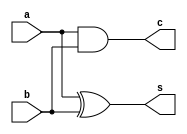
// -------------------------
// Exemplo0032 - SomadorSubtrator
// Nome: Daniel Telles McGinnis
// -------------------------
// Previso:
// A sada ser um valor de 4 bits
// igual  soma ou diferena dos
// dois operandos de 4 bits cada,
// dependendo do carryIn, alm de
// um bit indicando se o resultado
// da adio ou subtrao foi zero.
// Teste 1:
// Entradas: [a = 0000, b = 0000 e carryIn = 0], [a = 0010, b = 0001 e carryIn = 0],
// [a = 0101, b = 1010 e carryIn = 1] e [a = 1111, b = 1111 e carryIn = 1]
// Observaes da sada:
// Estes testes no so exaustivos pois no
// so testados todas as possveis combinaes
// de entrada, mas os testes que foram feitos
// deram certo.
// -------------------------
// SomadorSubtrator
// -------------------------
module halfAdder (output s, output c,
                  input a, input b);
	xor N0 (s, a, b);
	and N1 (c, a, b);
endmodule // halfAdder

module fullAdder (output s0, output s1,
                  input a, input b, input c);
	wire a_mais_b_s;
	wire a_mais_b_carry;
	wire segundoCarry;
	halfAdder N0 (a_mais_b_s, a_mais_b_carry, a, b);
	halfAdder N1 (s0, segundoCarry, a_mais_b_s, c);
	or N2 (s1, segundoCarry, a_mais_b_carry);
endmodule // fullAdder

module SomadorSubtrator(output [3:0] s,
                 input [3:0] a, input [3:0] b, input carryIn);
	wire carry1;
	wire carry2;
	wire carry3;
	wire b0_condicionalmenteNegado;
	wire b1_condicionalmenteNegado;
	wire b2_condicionalmenteNegado;
	wire b3_condicionalmenteNegado;
	wire jogaFora;

	xor X0 (b0_condicionalmenteNegado, b[0], carryIn);
	xor X1 (b1_condicionalmenteNegado, b[1], carryIn);
	xor X2 (b2_condicionalmenteNegado, b[2], carryIn);
	xor X3 (b3_condicionalmenteNegado, b[3], carryIn);

	fullAdder N0 (s[0], carry1, a[0], b0_condicionalmenteNegado, carryIn);
	fullAdder N1 (s[1], carry2, a[1], b1_condicionalmenteNegado, carry1);
	fullAdder N2 (s[2], carry3, a[2], b2_condicionalmenteNegado, carry2);
	fullAdder N3 (s[3], jogaFora, a[3], b3_condicionalmenteNegado, carry3);
endmodule // SomadorSubtrator

module determinarZero(output e_igual_a_zero,
                      input [3:0] a);
	nor N0 (e_igual_a_zero, a[0], a[1], a[2], a[3]);
endmodule // determinarZero

module test_SomadorSubtrator;
	// ------------------------- definir dados
	reg [3:0] x;
	reg [3:0] y;
	reg carryIn;
	wire [3:0] s;
	SomadorSubtrator modulo (s, x, y, carryIn);
	wire e_igual_a_zero;
	determinarZero modulo2 (e_igual_a_zero, s);
	// ------------------------- parte principal
	initial begin
		$display("Exemplo0032 - Daniel Telles McGinnis - 435042");
		$display("Test ALU's module");
		
		x = 4'b0000; y = 4'b0000; carryIn = 1'b0;
		#1 $display("%b + %b = %b (zero: %b)", x, y, s, e_igual_a_zero);
		
		x = 4'b0010; y = 4'b0001; carryIn = 1'b0;
		#1 $display("%b + %b = %b (zero: %b)", x, y, s, e_igual_a_zero);

		x = 4'b0101; y = 4'b1010; carryIn = 1'b1;
		#1 $display("%b - %b = %b (zero: %b)", x, y, s, e_igual_a_zero);

		x = 4'b1111; y = 4'b1111; carryIn = 1'b1;
		#1 $display("%b - %b = %b (zero: %b)", x, y, s, e_igual_a_zero);
	end
endmodule // test_SomadorSubtrator